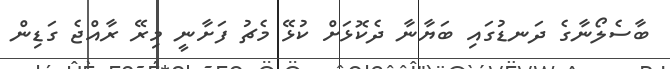
ބާސެލޯނާގެ ދަނޑުގައި ބަޔާނާ ދެކޮޅަށް ކުޅޭ މެޗު ފަށާނީ މިރޭ ރާއްޖެ ގަޑިން